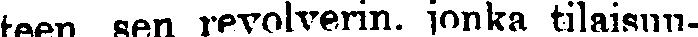
teen sen revolverin, jonka tilaisuu-